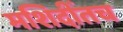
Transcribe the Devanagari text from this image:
मशिदींतच